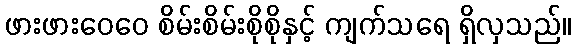
ဖားဖားဝေဝေ စိမ်းစိမ်းစိုစိုနှင့် ကျက်သရေ ရှိလှသည်။